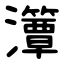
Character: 㶘